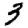
Digit: 3